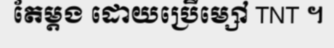
តែម្តង ដោយប្រើម្សៅ TNT ។